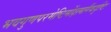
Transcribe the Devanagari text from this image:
भवगुणपरमेष्टिर्मोक्षमार्गैकदृष्टिः